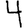
Digit: 4